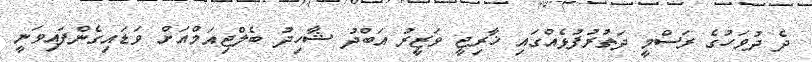
ދެ ދުވަހުގެ ރަސްމީ ދަތުރުފުޅެއްގައި ޚާރިޖީ ވަޒީރު އަބްދު ޝާހިދު ބެލްޖިއަމްއަށް ވަޑައިގެންފައިވަނީ